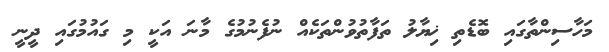
މަހާސިންތާގައި ބޮޑެތި ޚިޔާލު ތަފާތުވުންތަކެއް ނުފެނުމުގެ މާނަ އަކީ މި ގައުމުގައި ދީނީ